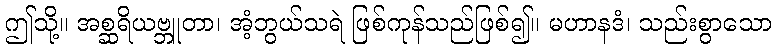
ဤသို့။ အစ္ဆရိယဗ္ဘူတာ၊ အံ့ဘွယ်သရဲ ဖြစ်ကုန်သည်ဖြစ်၍။ မဟာနဒံ၊ သည်းစွာသော